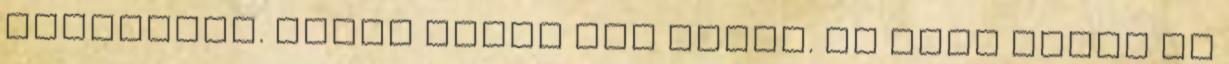
áldozatot. Ennyi ideje mos rájuk. Az öreg hölgy és